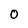
Character: o